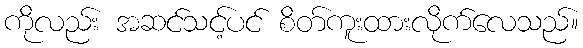
ကိုလည်း အဆင်သင့်ပင် စိတ်ကူးထားလိုက်လေသည်။